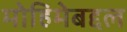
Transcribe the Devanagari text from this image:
मोहिमेबद्दल